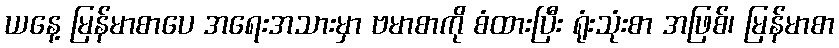
ယနေ့ မြန်မာစာပေ အရေးအသားမှာ ဗမာစာကို စံထားပြီး ရုံးသုံးစာ အဖြစ်၊ မြန်မာစာ